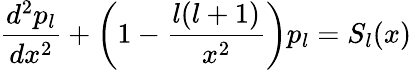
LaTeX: \frac{d^{2}p_{l}}{dx^{2}}+\left(1-\frac{l(l+1)}{x^{2}}\right)p_{l}=S_{l}(x)